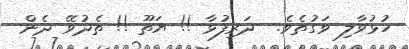
ހުޅުވާލި ވަގުތެވެ.  ދަރިފުޅާ !! ޔަތޫ !! ތެދުވޭ ދެން